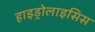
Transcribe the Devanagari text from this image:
हाइड्रोलाइसिस